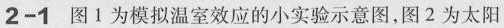
2-1 图1为模拟温室效应的小实验示意图，图2为太阳